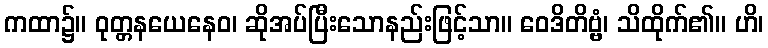
ကထာ၌။ ဝုတ္တနယေနေဝ၊ ဆိုအပ်ပြီးသောနည်းဖြင့်သာ။ ဝေဒိတိဗ္ဗံ၊ သိထိုက်၏။ ဟိ၊